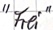
Text: "Frei"